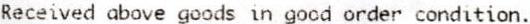
RECEIVED ABOVE GOODS IN GOOD ORDER CONDITION.